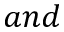
a n d